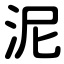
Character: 泥